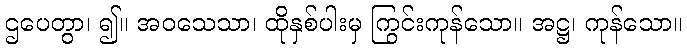
ဌပေတွာ၊ ၍။ အဝသေသာ၊ ထိုနှစ်ပါးမှ ကြွင်းကုန်သော။ အဋ္ဌ၊ ကုန်သော။